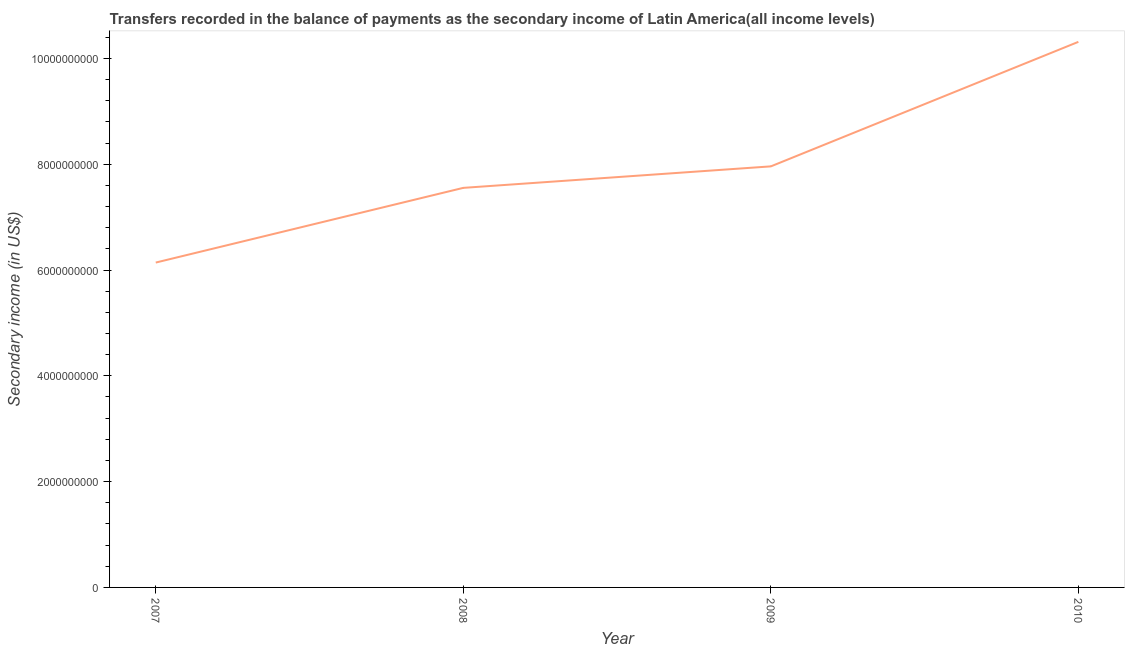
| Year | Secondary income |
 | --- | --- |
 | 2007 | 6.14e+09 |
 | 2008 | 7.55e+09 |
 | 2009 | 7.96e+09 |
 | 2010 | 1.03e+10 |